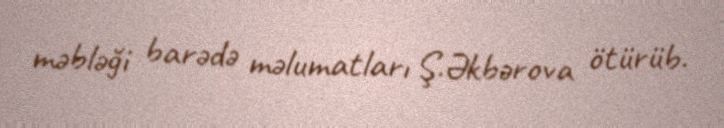
məbləği barədə məlumatları Ş.Əkbərova ötürüb.